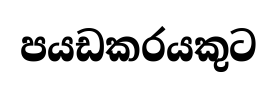
පයඩකරයකුට